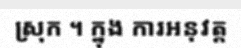
ស្រុក ។ ក្នុង ការអនុវត្ត